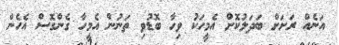
އަނެއް ރަށަށް ބަދަލުުކޮށް އެމީހަކު ވިހާ ބޮޑުވި ތަނުން އެމީހާ ގެންގޮސް އެހެން